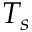
T _ { s }